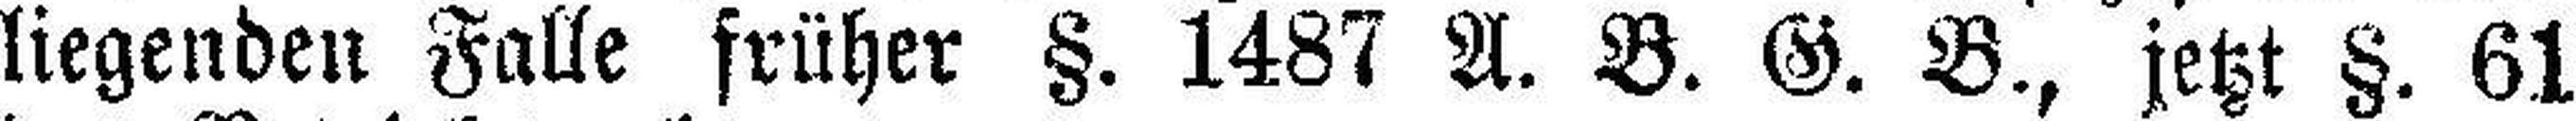
liegenden Falle früher §. 1487 A. B. G. B., jetzt §. 61